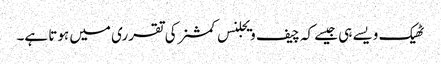
ٹھیک ویسے ہی جیسے کہ چیف ویجلنس کمشنر کی تقرری میں ہوتا ہے۔